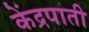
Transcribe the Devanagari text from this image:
केंद्रपाती